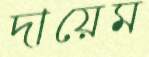
দায়েম